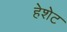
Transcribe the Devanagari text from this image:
हेशेट